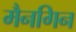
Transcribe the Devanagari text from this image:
मैनगिन